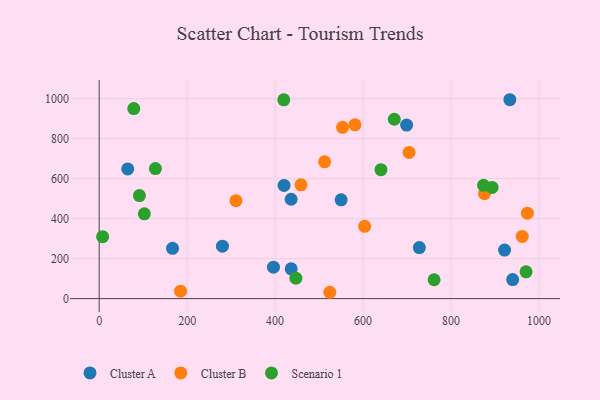
{"axis": {"x": "Price", "y": "Exam Score"}, "legend": ["Cluster A", "Cluster B", "Scenario 1"], "data": [{"x": "166.8", "y": 251.3, "type": "Cluster A"}, {"x": "280.3", "y": 262.0, "type": "Cluster A"}, {"x": "728.1", "y": 255.0, "type": "Cluster A"}, {"x": "921.9", "y": 242.6, "type": "Cluster A"}, {"x": "420.4", "y": 566.2, "type": "Cluster A"}, {"x": "64.9", "y": 648.6, "type": "Cluster A"}, {"x": "940.3", "y": 95.0, "type": "Cluster A"}, {"x": "436.6", "y": 149.2, "type": "Cluster A"}, {"x": "699.2", "y": 867.7, "type": "Cluster A"}, {"x": "396.3", "y": 157.3, "type": "Cluster A"}, {"x": "436.5", "y": 497.0, "type": "Cluster A"}, {"x": "934.0", "y": 994.6, "type": "Cluster A"}, {"x": "550.2", "y": 494.1, "type": "Cluster A"}, {"x": "973.8", "y": 427.5, "type": "Cluster B"}, {"x": "459.0", "y": 569.0, "type": "Cluster B"}, {"x": "704.7", "y": 731.1, "type": "Cluster B"}, {"x": "603.7", "y": 361.3, "type": "Cluster B"}, {"x": "553.6", "y": 856.8, "type": "Cluster B"}, {"x": "876.2", "y": 524.9, "type": "Cluster B"}, {"x": "581.6", "y": 869.2, "type": "Cluster B"}, {"x": "512.8", "y": 684.2, "type": "Cluster B"}, {"x": "962.1", "y": 311.2, "type": "Cluster B"}, {"x": "185.0", "y": 37.2, "type": "Cluster B"}, {"x": "311.0", "y": 489.7, "type": "Cluster B"}, {"x": "524.5", "y": 31.7, "type": "Cluster B"}, {"x": "761.7", "y": 94.3, "type": "Scenario 1"}, {"x": "893.6", "y": 555.9, "type": "Scenario 1"}, {"x": "671.1", "y": 897.0, "type": "Scenario 1"}, {"x": "447.3", "y": 102.4, "type": "Scenario 1"}, {"x": "102.7", "y": 423.8, "type": "Scenario 1"}, {"x": "419.8", "y": 994.3, "type": "Scenario 1"}, {"x": "7.8", "y": 309.5, "type": "Scenario 1"}, {"x": "970.8", "y": 134.2, "type": "Scenario 1"}, {"x": "78.7", "y": 950.1, "type": "Scenario 1"}, {"x": "127.9", "y": 650.4, "type": "Scenario 1"}, {"x": "91.5", "y": 515.3, "type": "Scenario 1"}, {"x": "874.1", "y": 566.3, "type": "Scenario 1"}, {"x": "640.8", "y": 644.6, "type": "Scenario 1"}]}